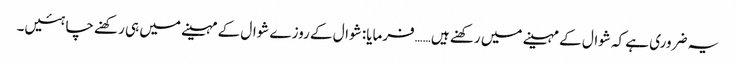
یہ ضروری ہے کہ شوال کے مہینے میں رکھنے ہیں……فرمایا: شوال کے روزے شوال کے مہینے میں ہی رکھنے چاہئیں۔